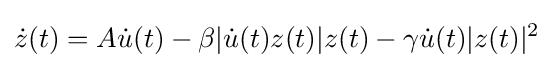
{\dot {z}}(t)=A{\dot {u}}(t)-\beta |{\dot {u}}(t)z(t)|z(t)-\gamma {\dot {u}}(t)|z(t)|^{2}